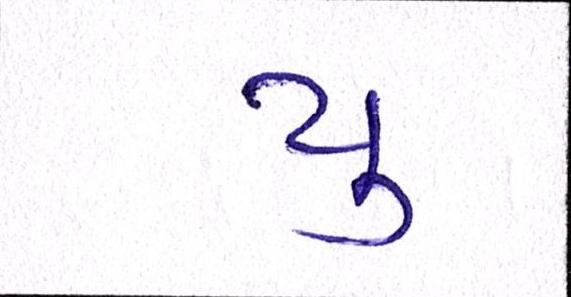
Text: યુ